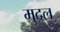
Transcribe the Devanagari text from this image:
मुद्रल